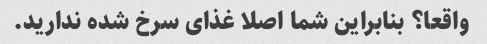
واقعا؟ بنابراین شما اصلا غذای سرخ شده ندارید.